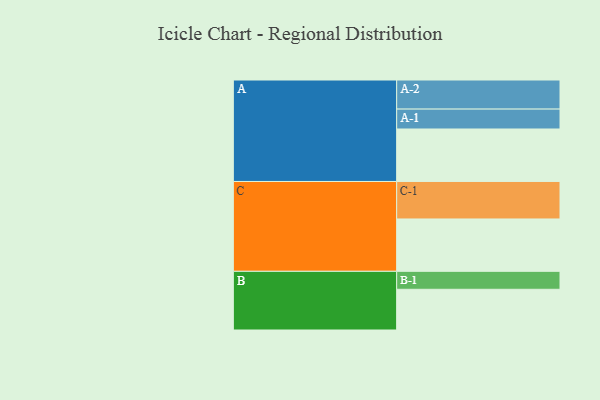
{"axis": {"x": "Segment", "y": "Value"}, "legend": ["", "A", "B", "C"], "data": [{"x": "A", "y": 406, "type": ""}, {"x": "B", "y": 315, "type": ""}, {"x": "C", "y": 405, "type": ""}, {"x": "A-1", "y": 154, "type": "A"}, {"x": "A-2", "y": 225, "type": "A"}, {"x": "B-1", "y": 139, "type": "B"}, {"x": "C-1", "y": 290, "type": "C"}]}